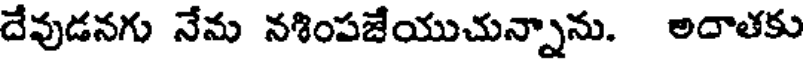
దేవుడనగు నేను నశింపజేయుచున్నాను. అదాతకు